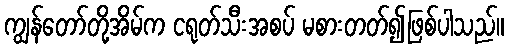
ကျွန်တော်တို့အိမ်က ငရုတ်သီးအစပ် မစားတတ်၍ဖြစ်ပါသည်။